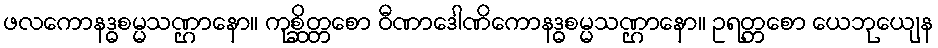
ဖလကောနဒ္ဓစမ္မသဏ္ဌာနော။ ကုစ္ဆိတ္တစော ဝီဏာဒေါဏိကောနဒ္ဓစမ္မသဏ္ဌာနော။ ဥရတ္တစော ယေဘုယျေန